Vital statistics of India. Vol. IV, Annual returns from 1871 to 1876. British Army of India, Native Army and jails of Bengal
Year: 1871
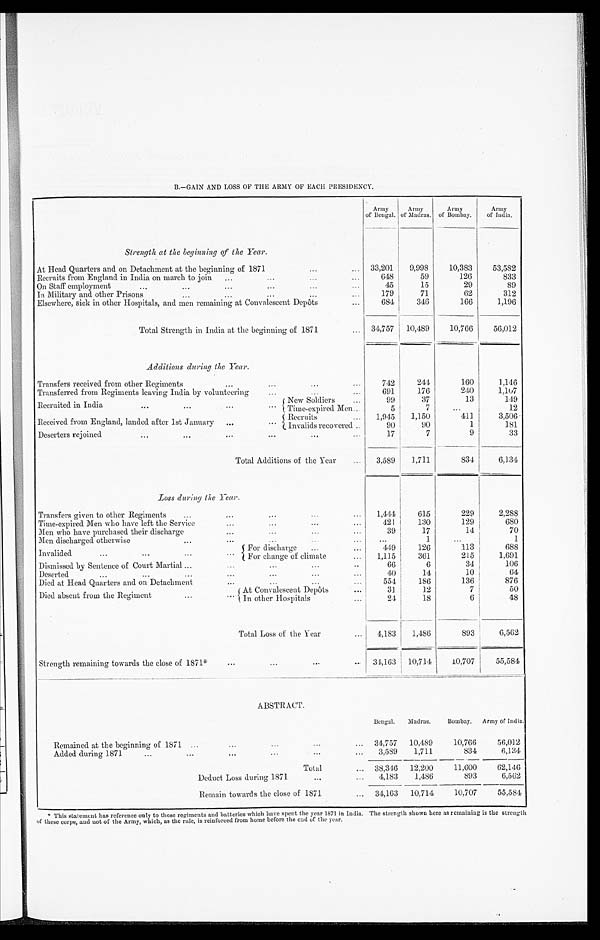
B.—GAIN AND LOSS OF THE ARMY OF EACH PRESIDENCY.
Army
of Bengal.
Army
of Madras.
Army
of Bombay.
Army
of India.
Strength at the beginning of the Year.
At Head Quarters and on Detachment at the beginning of 1871 ... ... 33,201 9,998
10,383
53,582
Recruits from England in India on march to join ...
...
...
648
59
126
833
On Staff employment
...
...
...
45
15
29
89
In Military and other Prisons
...
...
...
179
71
62
312
Elsewhere, sick in other Hospitals, and men remaining at Convalescent Depôts
...
684
346
166
1,196
Total Strength in India at the beginning of 1871
... 34,757 10,489
10,766
56,012
Additions during the Year.
Transfers received from other Regiments
...
...
742
244
160
1,146
Transferred from Regiments leaving India by volunteering
...
...
691
176
240
1,107
Recruited in India
...
...
...
New Soldiers
...
99
37
13
149
Time-expired Men...
5
7
...
12
Received from England, landed after 1st January ...
Recruits
... 1,945 1,150
411
3,506
Invalids recovered ...
90
90
1
181
Deserters rejoined
...
...
...
...
...
17
7
9
33
Total Additions of the Year
... 3,589 1,711
834
6,134
Loss during the Year.
Transfers given to other Regiments
...
...
...
...
... 1,444
615
229
2,288
Time-expired Men who have left the Service
...
...
...
...
421
130
129
680
Men who have purchased their discharge
...
...
...
39
17
14
70
Men discharged otherwise
...
...
...
...
1
...
1
Invalided
...
...
...
...
F o r d i s c h a r g e
. . .
. . .
449
126
113
688
For change of climate
. . .
. . .
. . .
1,115
361
215
1,691
Dismissed by Sentence of Court Martial ...
. . .
...
. . .
. . .
. . .
66
6
34
106
Deserted
...
...
...
...
...
40
14
10
64
Died at Head Quarters and on Detachment
...
. . .
. . .
. . .
554
186
136
876
Died absent from the Regiment
. . . . . . At Convalescent Depôts
. . .
31
12
7
50
In other Hospitals
. . .
24
18
6
48
Total Loss of the Year
... 4,183 1,486
893
6,562
Strength remaining towards the close of 1871*
...
...
... ...
34,163 10,714
10,707
55,584
ABSTRACT.
Bengal. Madras. Bombay. Army of India.
Remained at the beginning of 1871 ...
...
...
...
... 34,757 10,489
10,766
56,012
Added during 1871
...
...
...
... 3,589 1,711
834
6,134
Total
... 38,346 12,200
11,600
62,146
Deduct Loss during 1871
...
... 4,183 1,486
893
6,562
Remain towards the close of 1871
... 34,163 10,714
10,707
55,584
* This statement has reference only to those regiments and batteries which have spent the year 1871 in India. The strength shown here as remaining is the strength
of these corps, and not of the Army, which, as the rule, is reinforced from home before the end of the year.